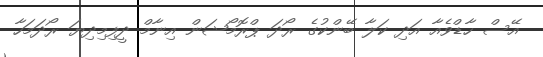
އޭސް ހާޑްވެއާ އަދި ކަލާ ބޭންކުގެ ރޯދަ ޕްރޮމޯޝަން އިނާމް ދީފިމިދިޔަ ރޯދަމަހާ